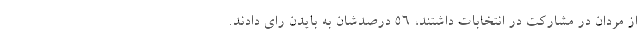
از مردان در مشارکت در انتخابات داشتند، 56 درصدشان به بایدن رای دادند.